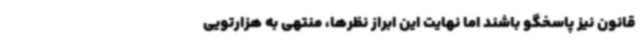
قانون نیز پاسخگو باشند اما نهایت این ابراز نظرها، منتهی به هزارتویی